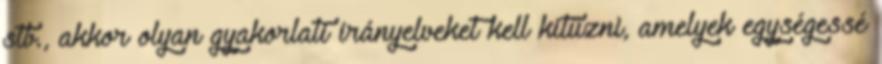
stb., akkor olyan gyakorlati irányelveket kell kitűzni, amelyek egységessé